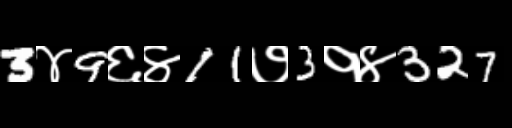
Text: 3४9६४11७3१४327